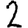
Digit: 2